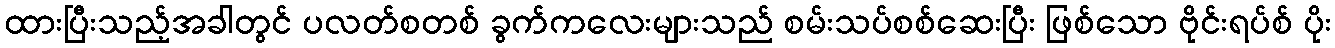
ထားပြီးသည့်အခါတွင် ပလတ်စတစ် ခွက်ကလေးများသည် စမ်းသပ်စစ်ဆေးပြီး ဖြစ်သော ဗိုင်းရပ်စ် ပိုး